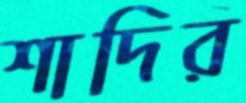
শাদির